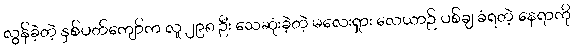
လွန်ခဲ့တဲ့ နှစ်ပတ်ကျော်က လူ ၂၉၈ ဦး သေဆုံးခဲ့တဲ့ မလေးရှား လေယာဉ် ပစ်ချ ခံရတဲ့ နေရာကို